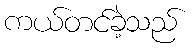
ကယ်တင်ခဲ့သည်